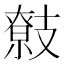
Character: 𢻢